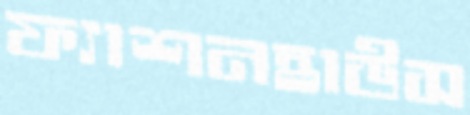
ফ্যাশনহাউস